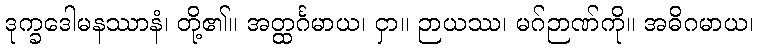
ဒုက္ခဒေါမနဿာနံ၊ တို့၏။ အတ္ထင်္ဂမာယ၊ ငှာ။ ဉာယဿ၊ မဂ်ဉာဏ်ကို။ အဓိဂမာယ၊